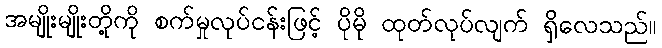
အမျိုးမျိုးတို့ကို စက်မှုလုပ်ငန်းဖြင့် ပိုမို ထုတ်လုပ်လျက် ရှိလေသည်။